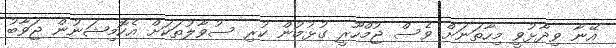
އޭނާ ވިދާޅުވީ މިހާތަނަށް ވެސް ޖުމްހޫރީ ގުޅުމުން ކުރި ސުވާލުތަކަށް އެކޮމިޝަނުން ޖަވާބު